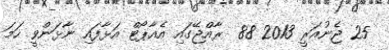
25 ޖެނުއަރީ 2013 88  ރާއްޖޭގައި އެއާޕޯޓް އަޅާފައި ނާޅަންވީ ހަމަ